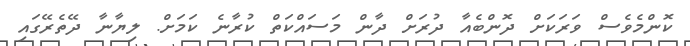
ކޮންމެވެސް ވަރަކަށް ދޮންބެއާ ދުރަށް ދާން މަސައްކަތް ކުރާނެ ކަމަށް. ލިޔާނާ ދޭތެރޭގައި